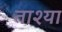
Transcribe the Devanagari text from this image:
ताश्या